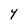
Character: Y